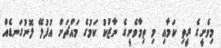
މިވެށީގެ ރީތި ކަމާއި މި ތިމާވެށީގެ ނާޒުކު ކަމުގެ މައްޗަށް އުފުލޭ ލޮނުގަނޑެއް